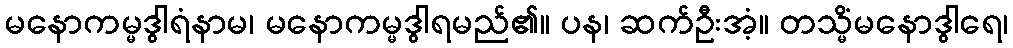
မနောကမ္မဒွါရံနာမ၊ မနောကမ္မဒွါရမည်၏။ ပန၊ ဆက်ဦးအံ့။ တသ္မိံမနောဒွါရေ၊